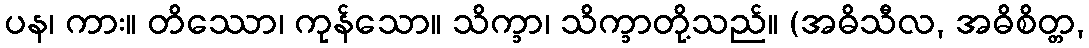
ပန၊ ကား။ တိဿော၊ ကုန်သော။ သိက္ခာ၊ သိက္ခာတို့သည်။ (အဓိသီလ, အဓိစိတ္တ,